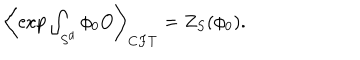
\left\langle \exp \int _ { S ^ { d } } \phi _ { 0 } O \right\rangle _ { C F T } = Z _ { S } ( \phi _ { 0 } ) .